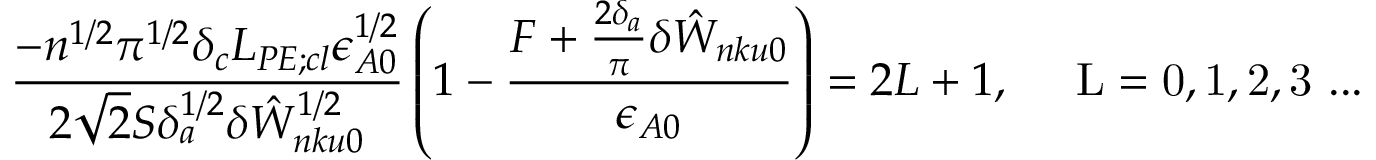
\frac { - n ^ { 1 / 2 } \pi ^ { 1 / 2 } \delta _ { c } L _ { P E ; c l } \epsilon _ { A 0 } ^ { 1 / 2 } } { 2 \sqrt { 2 } S \delta _ { a } ^ { 1 / 2 } \delta { \hat { W } } _ { n k u 0 } ^ { 1 / 2 } } \left( 1 - \frac { F + \frac { 2 \delta _ { a } } { \pi } \delta { \hat { W } } _ { n k u 0 } } { \epsilon _ { A 0 } } \right) = 2 L + 1 , { \quad \mathrm { ~ L = 0 , 1 , 2 , 3 ~ . . . } }